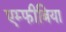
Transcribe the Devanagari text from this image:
एम्फीबिया